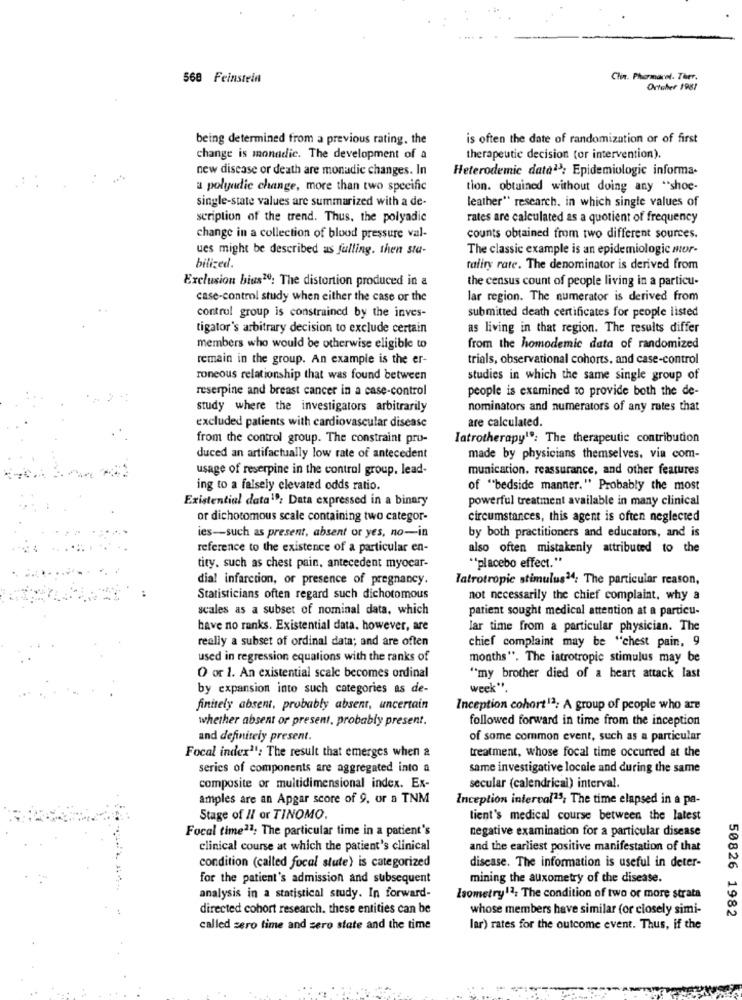
568 Feinstein
Chin. Pharmarel. Ther.
Ortaher 1987
being determined from a previous rating. the
is often the date of randomization or of first
change is monadic. The development of a
therapeutic decision (or intervention).
new disease or death are monadic changes. In
Heterodemic data23; Epidemiologic informa-
a polyadie change, more than two specific
tion. obtained without doing any "shoe-
single-state values are summarized with a de-
leather ** research, in which single values of
scription of the trend. Thus, the polyadic
rates are calculated as a quotient of frequency
change in a collection of blood pressure val-
counts obtained from two different sources.
ues might be described as fulling. then sta-
The classic example is an epidemiologic mor-
bilized.
taliry rate. The denominator is derived from
Exclusion bius20; The distortion produced in a
the census count of people living in a particu-
case-control study when either the case or the
lar region. The numerator is derived from
control group is constrained by the inves-
submitted death certificates for people listed
tigator's arbitrary decision to exclude certain
as living in that region. The results differ
members who would be otherwise eligible to
from the homodemic data of randomized
remain in the group. An example is the er-
trials, observational cohorts, and case-control
roneous relationship that was found between
studies in which the same single group of
reserpine and breast cancer in a case-control
people is examined to provide both the de-
study where the investigators arbitrarily
nominators and numerators of any rates that
are calculated.
excluded patients with cardiovascular disease
from the control group. The constraint pro-
Iatrotherapy19: The therapeutic contribution
duced an artifactually low rate of antecedent
made by physicians themselves, via com-
usage of reserpine in the control group. lead-
munication. reassurance, and other features
ing to a falsely elevated odds ratio.
of "bedside manner." Probably the most
Existential data1": Data expressed in a binary
powerful treatment available in many clinical
or dichotomous scale containing two categor-
circumstances, this agent is often neglected
ies -- such as present, absent or yes, no-in
by both practitioners and educators, and is
reference to the existence of a particular en-
also often mistakenly attributed to the
""placebo effect."
tity, such as chest pain, antecedent myocar-
dia! infarction, or presence of pregnancy.
latrotropic stimulus34: The particular reason,
Statisticians often regard such dichotomous
not necessarily the chief complaint, why a
scales as a subset of nominal data, which
patient sought medical attention at a particu-
have no ranks. Existential data. however, are
lar time from a particular physician. The
really a subset of ordinal data; and are often
chief complaint may be "chest pain, 9
used in regression equations with the ranks of
months". The iatrotropic stimulus may be
O or 1. An existential scale becomes ordinal
"my brother died of a heart attack last
by expansion into such categories as de-
week".
finitely absent, probably absent, uncertain
Inception cohort12; A group of people who are
whether absent or present, probably present.
followed forward in time from the inception
and definitely present.
of some common event, such as a particular
Focal index"': The result that emerges when a
treatment, whose focal time occurred at the
series of components are aggregated into a
same investigative locale and during the same
composite or multidimensional index. Ex-
secular (calendrical) interval.
amples are an Apgar score of 9, or a TNM
Inception interval25; The time elapsed in a pa-
Stage of Il or TINOMO.
tient's medical course between the latest
Focal time21; The particular time in a patient's
negative examination for a particular disease
clinical course at which the patient's clinical
and the earliest positive manifestation of that
condition (called focal slute) is categorized
disease. The information is useful in deter-
for the patient's admission and subsequent
mining the auxometry of the disease.
analysis in a statistical study. In forward-
Zsometry12: The condition of two or more strata
directed cohort research. these entities can be
whose members have similar (or closely simi-
50826 1982
called zero time and zero state and the time
lar) rates for the outcome event. Thus, if the